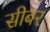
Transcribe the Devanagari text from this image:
सीबर